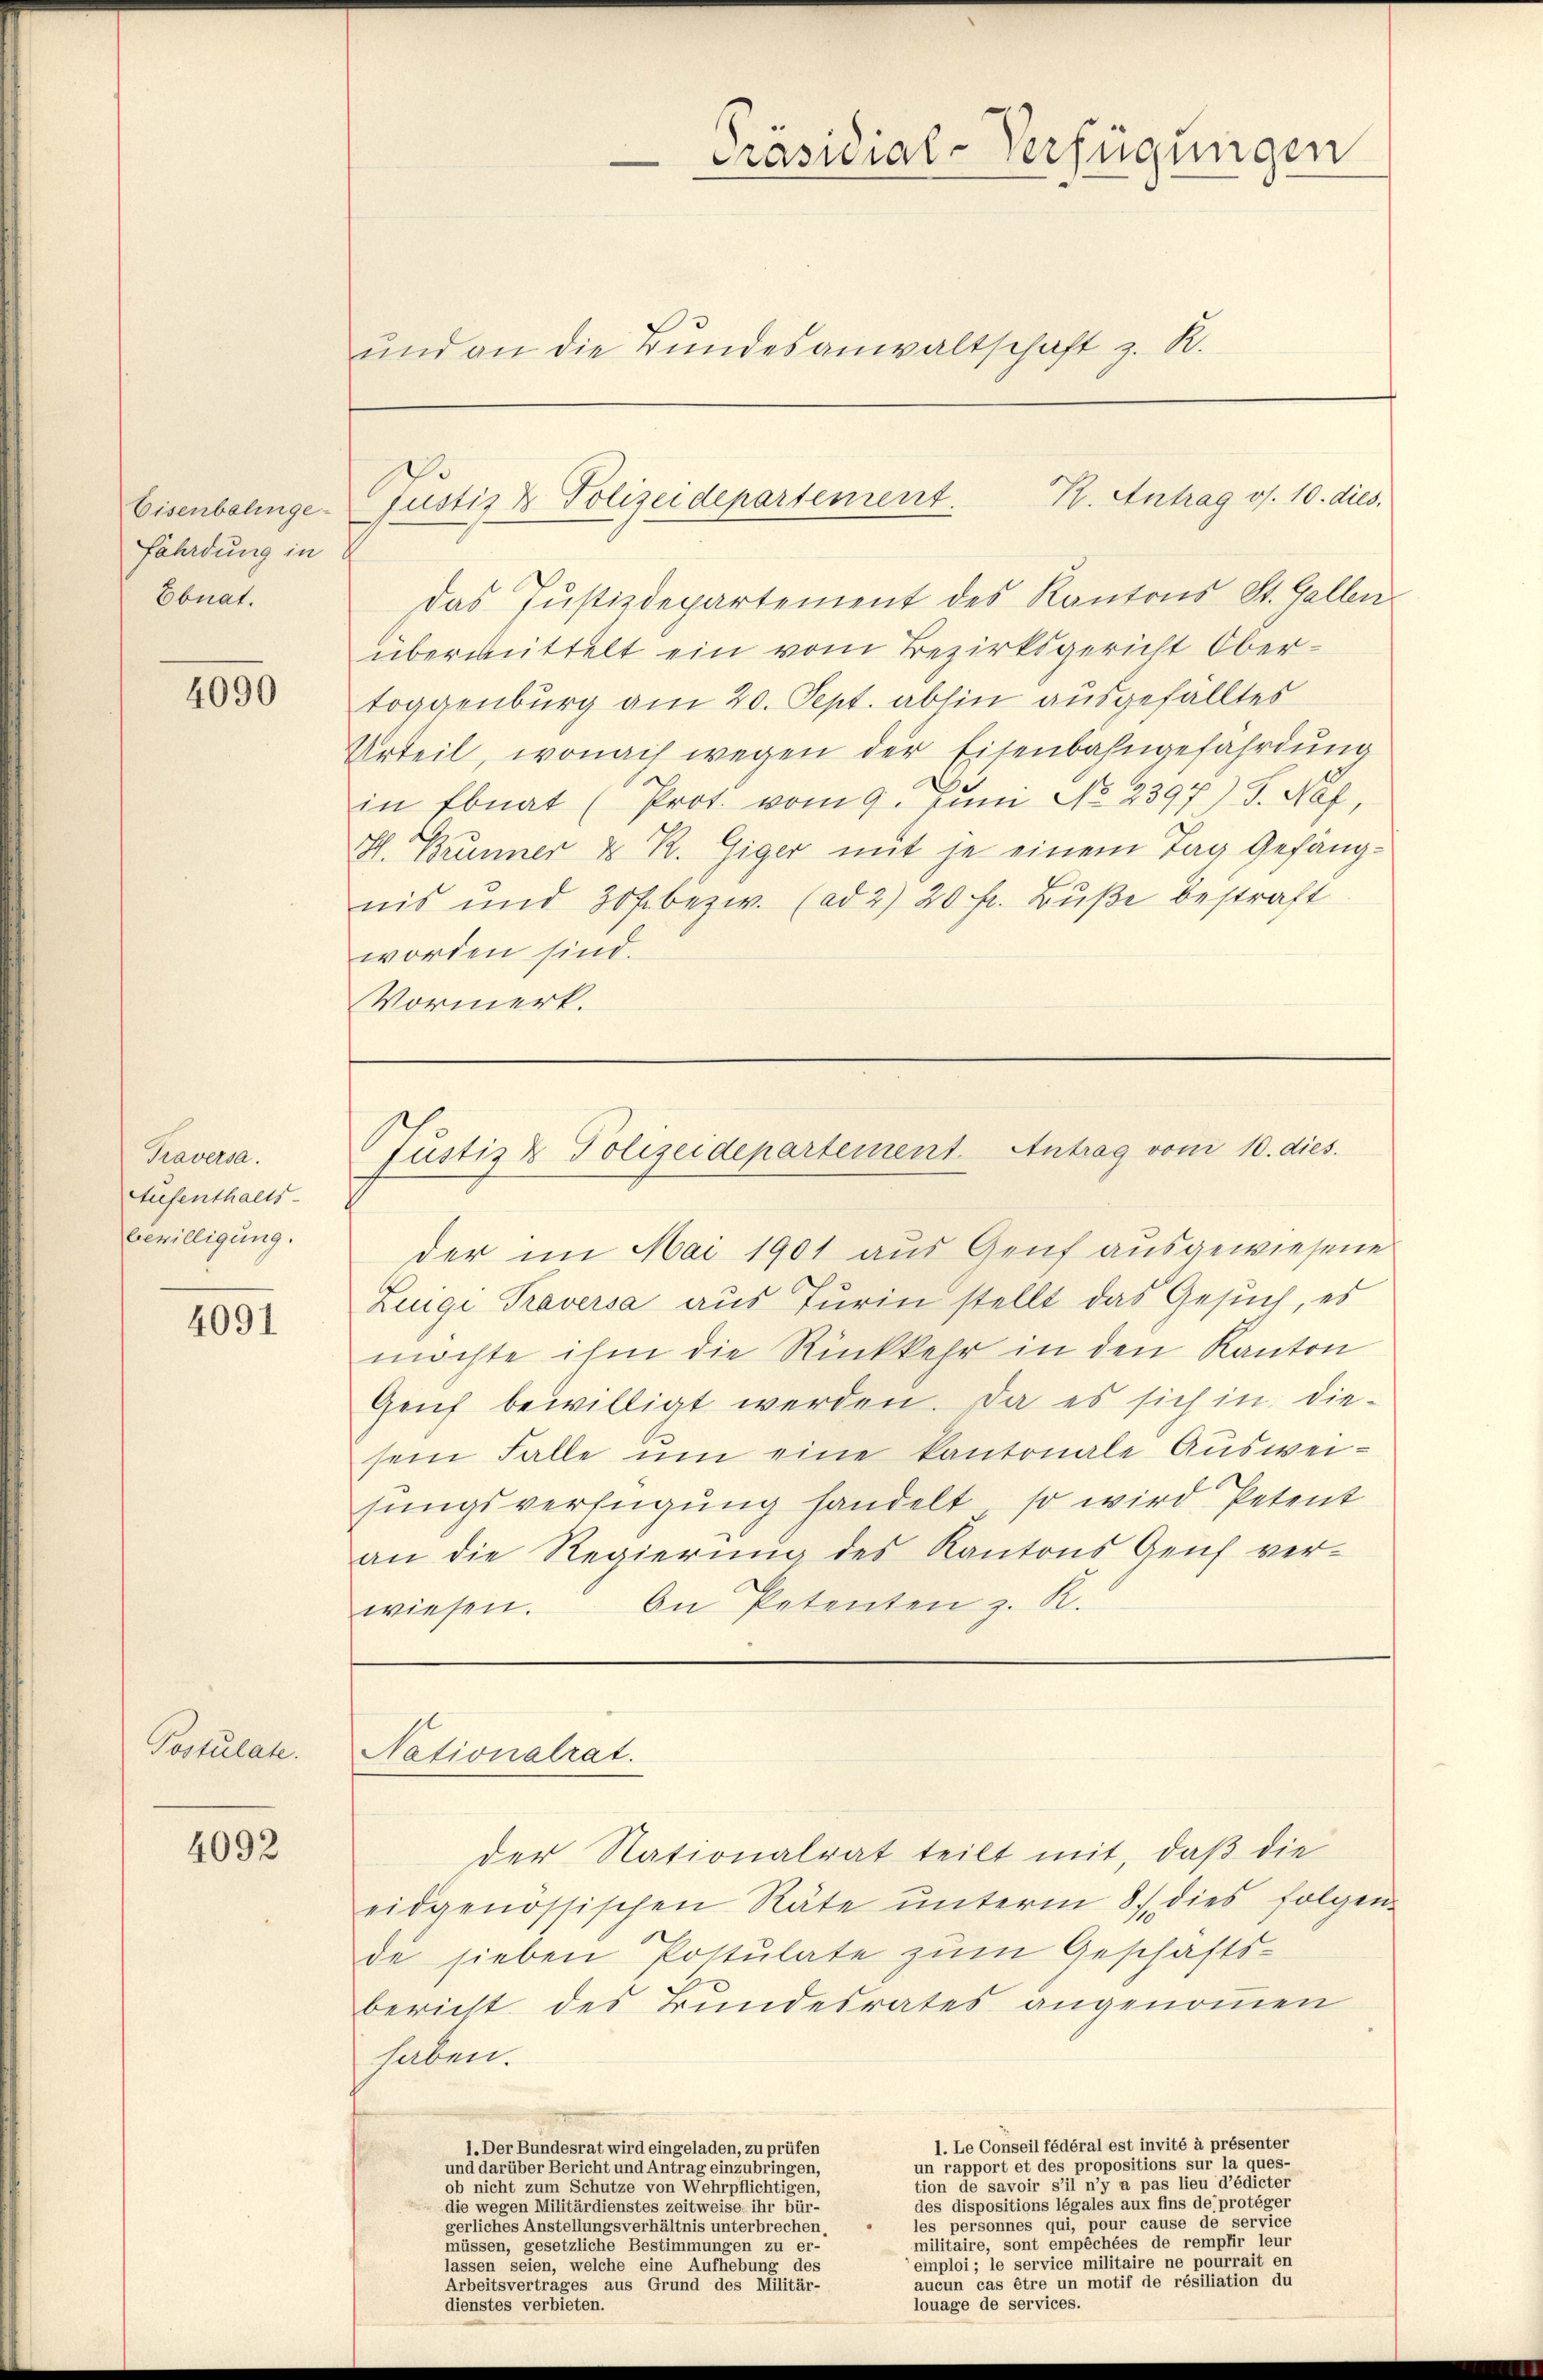
Eisenbalingefährdung in
Ebnat.

4090

Traversa
Aufenthalts-
bewilligung.

4091

Postulate.

4092

und an die Bŭndesanwaltschaft z. R.

R. Antrag os. 10. dies
Justiz & Polizeidepartement.

Präsidial-Verfügungen

das Justizdepartement des Kantons St. Gallen
übermittelt ein vom Bezirksgericht Obertoggenburg am 20. Sept. abhin ausgefälltes
Urteil, wonach wegen der Eisenbahngefährdung
in Ebnat (Prot. vom 9. Juni No 2397) S. Naf,
H. Brunner & R. Giger mit je einem Tag Gefängnis und 30 f. bezw. (ad 2) 20 fr. Bŭβe bestraft
worden sind.
Vormerk.

Justiz & Polizeidepartement. Antrag vom 10. dies.

der im Mai 1901 aus Genf ausgewiesene
Luigi Traversa aus Turin stellt das Gesuch, es
möchte ihm die Rückkehr in den Kanton
Genf bewilligt werden. Da es sich in diesein Falle ŭm eine kantonale Ausweisungsverfügung handelt, so wird Petent
an die Regierŭng des Kantons Genf ver-
wiesen. An Petenten z. R.
Nationalrat.

der Nationalrat teilt mit, daß die
eidgenössischen Räte ŭnterm 8./. dies folgen-
de sieben Postulate zum Geschäfts-
bericht des Bundesrates angenommen
haben.
1. Le Conseil fédéral est invité à présenter
1. Der Bundesrat wird eingeladen, zu prüfen
un rapport et des propositions sur la ques-
und darüber Bericht und Antrag einzubringen,
tion de savoir s’il n’y a pas lieu d’édicter
d nicht zu eine eine eine eine eine eigen
des dispositions légales aux fins de protéger
die wegen Militärdienstes zeitweise ihr Bür-
les personnes qui, pour cause de service
gerliches Anstellungsverhältnis unterbrechen,
militaire, sont empêchées de rempfir leur
müssen, gesetzliche Bestimmungen zu er-
einploi; le service militaire ne pourrait en
lassen seien, welche eine Aufhebung des
aucun cas être un motif de résiliation du
Arbeitsvertrages aus Grund des Militär-
louage de services.
dienstes verbieten.